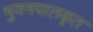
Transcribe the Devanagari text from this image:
भुवनपालकृत